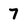
Character: 7